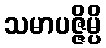
သမာပဇ္ဇိမ္ပိ